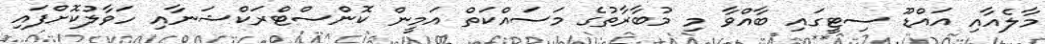
މާލެއާއި އައްޑޫ ސިޓީގައި ބާއްވާ މި މުބާރާތުގެ މަސައްކަތް އަމީން ކޮންސްޓްރަކްޝަނާއި ހަވާލުކޮށްފައި